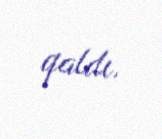
qaldı.